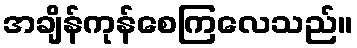
အချိန်ကုန်စေကြလေသည်။